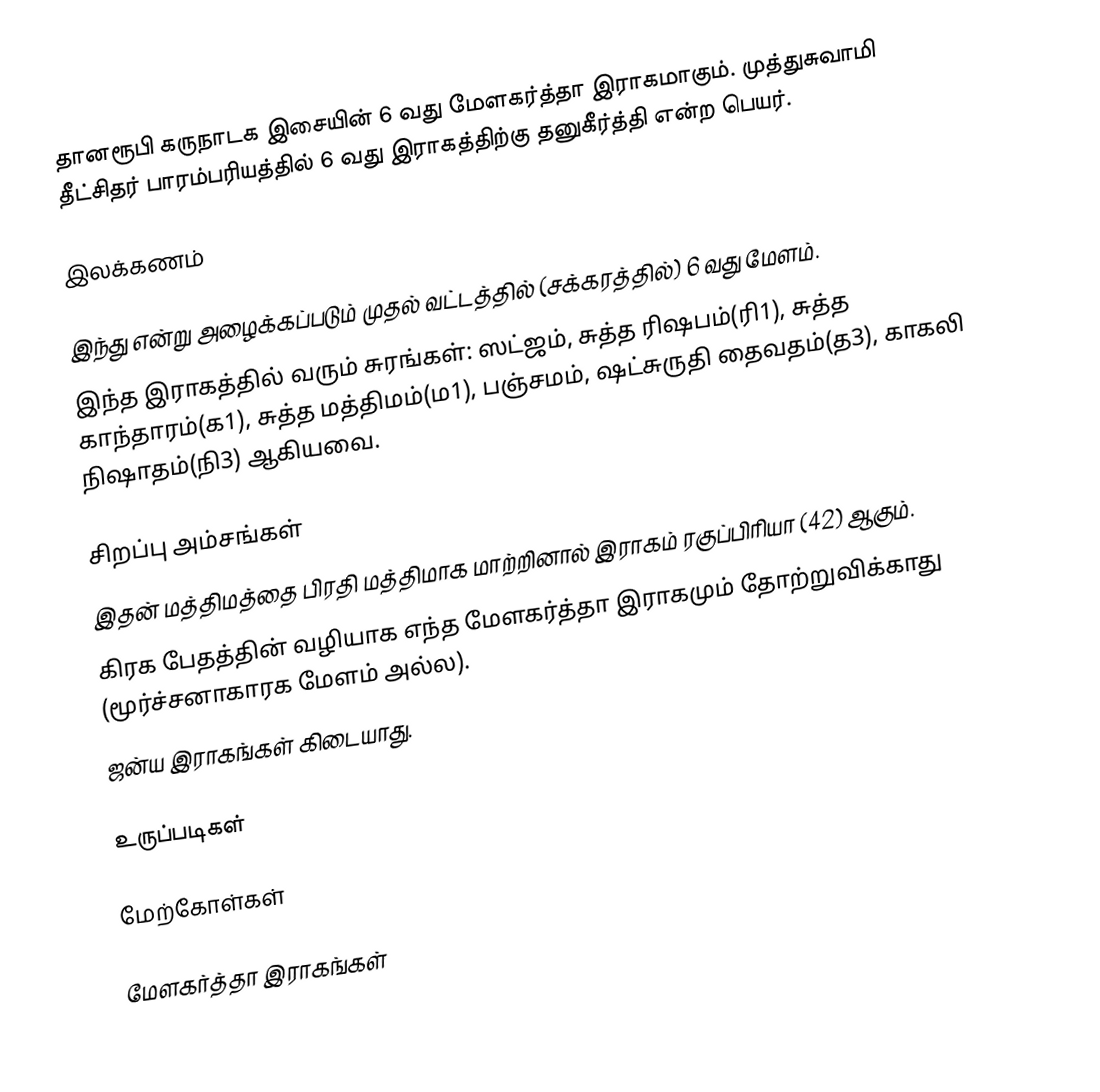
தானரூபி கருநாடக இசையின் 6 வது மேளகர்த்தா இராகமாகும். முத்துசுவாமி தீட்சிதர் பாரம்பரியத்தில் 6 வது இராகத்திற்கு தனுகீர்த்தி என்ற பெயர்.

இலக்கணம்

 இந்து என்று அழைக்கப்படும் முதல் வட்டத்தில் (சக்கரத்தில்) 6 வது மேளம்.
 இந்த இராகத்தில் வரும் சுரங்கள்: ஸட்ஜம், சுத்த ரிஷபம்(ரி1), சுத்த காந்தாரம்(க1), சுத்த மத்திமம்(ம1), பஞ்சமம், ஷட்சுருதி தைவதம்(த3), காகலி நிஷாதம்(நி3) ஆகியவை.

சிறப்பு அம்சங்கள்
 இதன் மத்திமத்தை பிரதி மத்திமாக மாற்றினால் இராகம் ரகுப்பிரியா (42) ஆகும்.
 கிரக பேதத்தின் வழியாக எந்த மேளகர்த்தா இராகமும் தோற்றுவிக்காது (மூர்ச்சனாகாரக மேளம் அல்ல).
 ஜன்ய இராகங்கள் கிடையாது.

உருப்படிகள்

மேற்கோள்கள்

மேளகர்த்தா இராகங்கள்